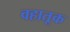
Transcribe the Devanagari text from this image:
वहातूक